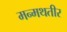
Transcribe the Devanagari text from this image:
मन्मथतीर